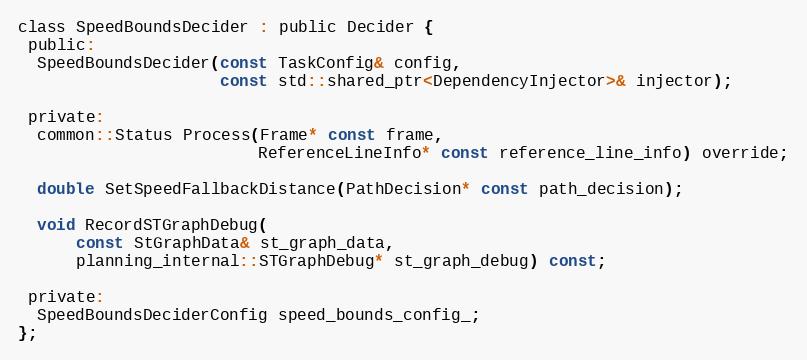
Language: C
class SpeedBoundsDecider : public Decider {
 public:
  SpeedBoundsDecider(const TaskConfig& config,
                     const std::shared_ptr<DependencyInjector>& injector);

 private:
  common::Status Process(Frame* const frame,
                         ReferenceLineInfo* const reference_line_info) override;

  double SetSpeedFallbackDistance(PathDecision* const path_decision);

  void RecordSTGraphDebug(
      const StGraphData& st_graph_data,
      planning_internal::STGraphDebug* st_graph_debug) const;

 private:
  SpeedBoundsDeciderConfig speed_bounds_config_;
};